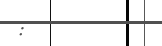
: